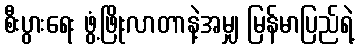
စီးပွားရေး ဖွံ့ဖြိုးလာတာနဲ့အမျှ မြန်မာပြည်ရဲ့